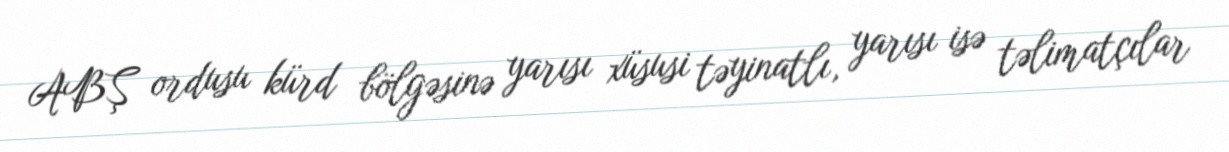
ABŞ ordusu kürd bölgəsinə yarısı xüsusi təyinatlı, yarısı isə təlimatçılar